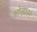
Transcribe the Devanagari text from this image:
ओऱ्हानने